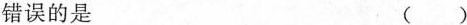
错误的是 ( )